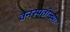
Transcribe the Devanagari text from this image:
वनस्पतीन्च्या